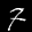
Label: 7